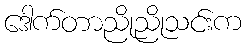
ဒေါက်တာညိုညိုသင်းက